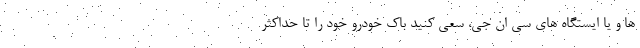
ها و یا ایستگاه های سی ان جی، سعی کنید باک خودرو خود را تا حداکثر